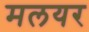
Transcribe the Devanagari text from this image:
मलयर